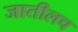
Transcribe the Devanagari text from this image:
जातीलच